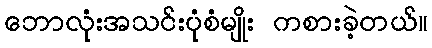
ဘောလုံးအသင်းပုံစံမျိုး ကစားခဲ့တယ်။